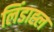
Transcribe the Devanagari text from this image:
लिंडाह्ल